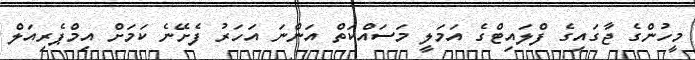
މީހުންގެ ޖާގައިގެ ފްލައިޓްގެ އަމަލީ މަސައްކަތް އަންނަ އަހަރު ފެށޭނެ ކަމަށް އިމްޕެރިއަލް